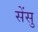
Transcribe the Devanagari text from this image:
सेंसु